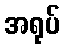
အရုပ်